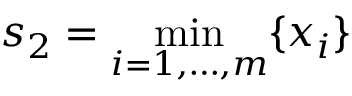
s _ { 2 } = \operatorname* { m i n } _ { i = 1 , \ldots , m } \{ x _ { i } \}